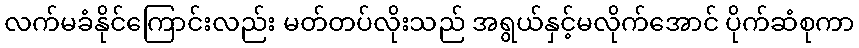
လက်မခံနိုင်ကြောင်းလည်း မတ်တပ်လိုးသည် အရွယ်နှင့်မလိုက်အောင် ပိုက်ဆံစုကာ